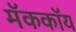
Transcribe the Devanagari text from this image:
मॅककॉय